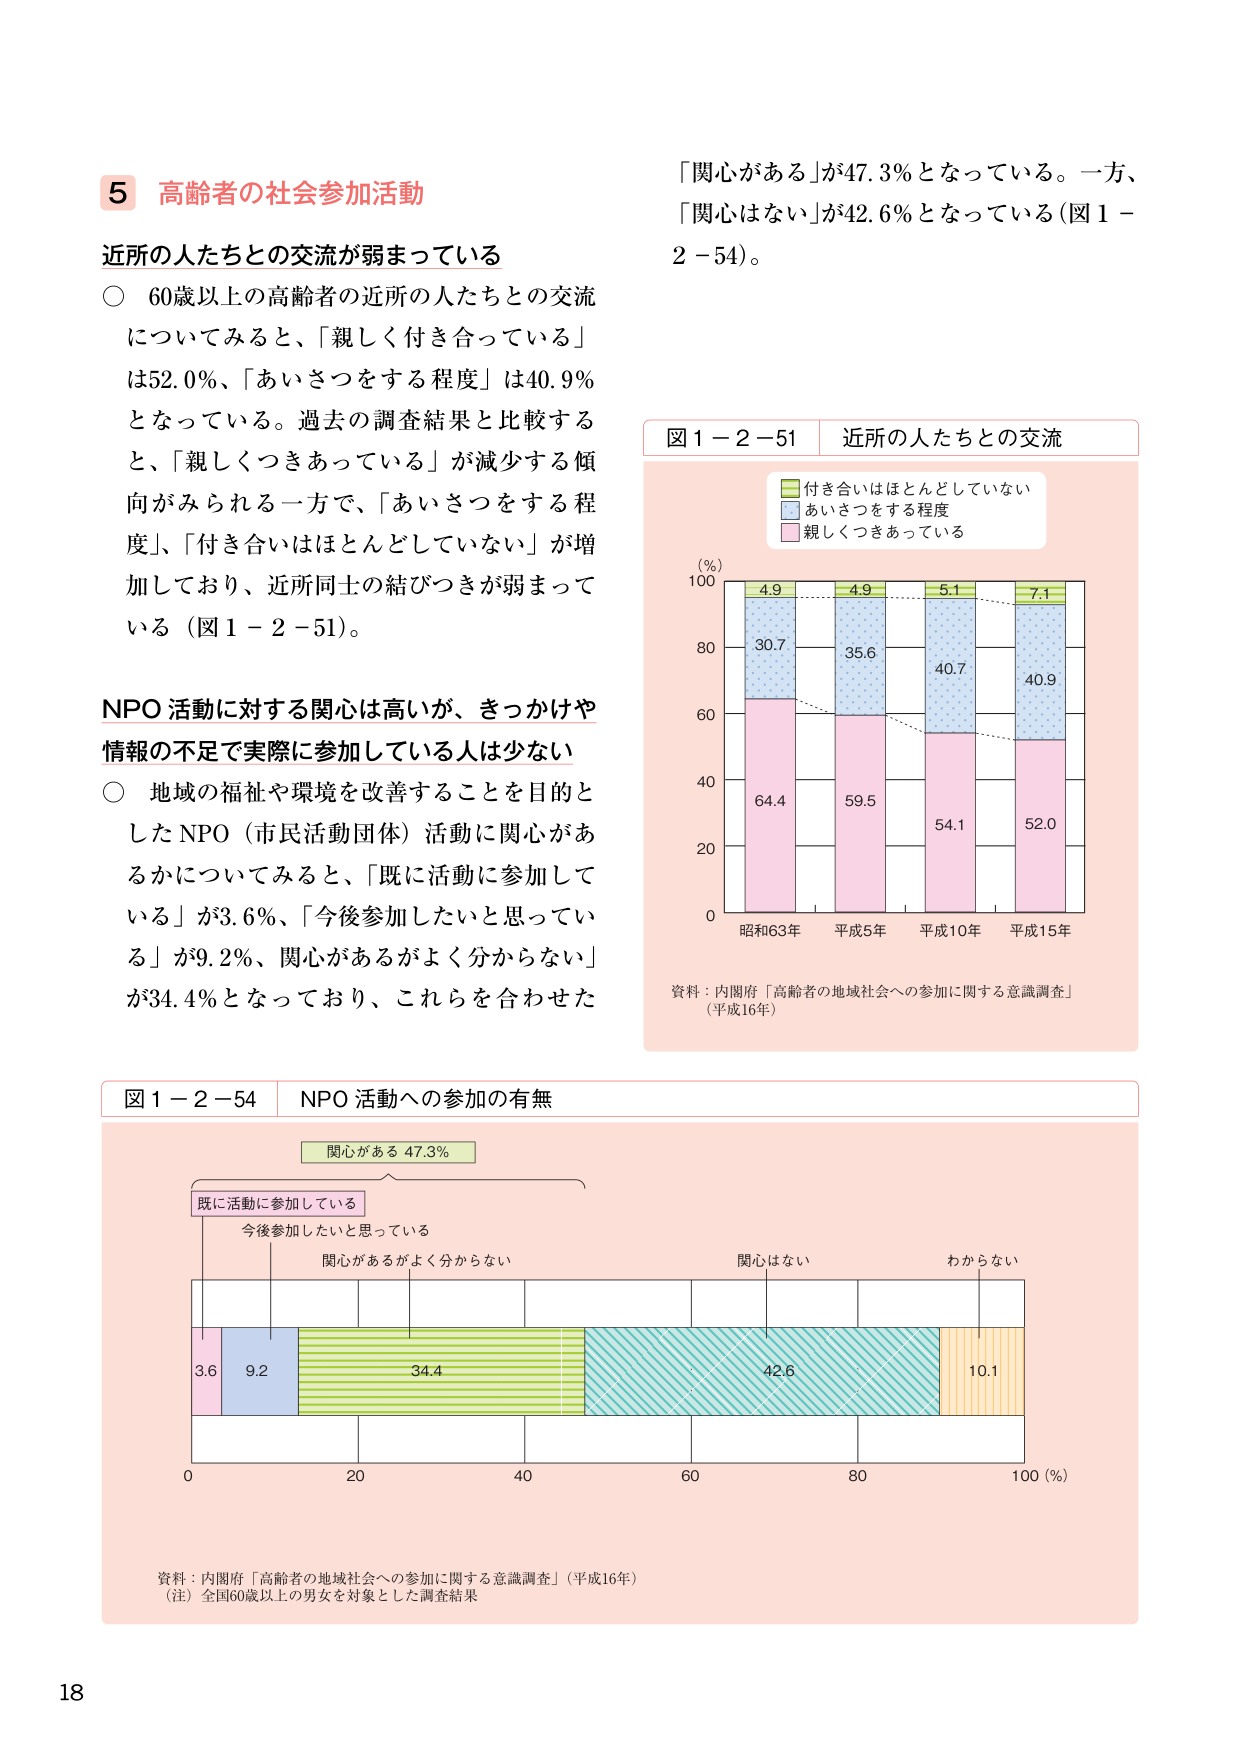
5 高齢者の社会参加活動

近所の人たちとの交流が弱まっている

○ 60歳以上の高齢者の近所の人たちとの交流についてみると、「親しく付き合っている」は52.0％、「あいさつをする程度」は40.9％となっている。過去の調査結果と比較すると、「親しくつきあっている」が減少する傾向がみられる一方で、「あいさつをする程度」、「付き合いはほとんどしていない」が増加しており、近所同士の結びつきが弱まっている（図1－2－51）。

NPO活動に対する関心は高いが、きっかけや情報の不足で実際に参加している人は少ない

○ 地域の福祉や環境を改善することを目的としたNPO（市民活動団体）活動に関心があるかについてみると、「既に活動に参加している」が3.6％、「今後参加したいと思っている」が9.2％、関心があるがよく分からない」が34.4％となっており、これらを合わせた

「関心がある」が47.3％となっている。一方、「関心はない」が42.6％となっている（図1－2－54）。

図1－2－51 近所の人たちとの交流

（％）
100
80
60
40
20
0

昭和63年 平成5年 平成10年 平成15年

■ 付き合いはほとんどしていない
■ あいさつをする程度
■ 親しくつきあっている

4.9 4.9 5.1 7.1
30.7 35.6 40.7 40.9
64.4 59.5 54.1 52.0

資料：内閣府「高齢者の地域社会への参加に関する意識調査」（平成16年）

図1－2－54 NPO活動への参加の有無

関心がある 47.3％

既に活動に参加している
今後参加したいと思っている
関心があるがよく分からない
関心はない
わからない

3.6 9.2 34.4 42.6 10.1

0 20 40 60 80 100（％）

資料：内閣府「高齢者の地域社会への参加に関する意識調査」（平成16年）
（注）全国60歳以上の男女を対象とした調査結果

18